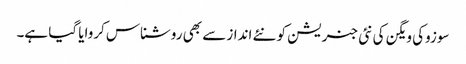
سوزوکی ویگن کی نئی جنریشن کو نئے انداز سے بھی روشناس کروایا گیا ہے۔